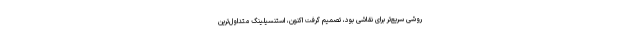
روشی سریع‌تر برای نقاشی بود، تصمیم گرفت اکنون، استنسیلینگ متداول‌ترین